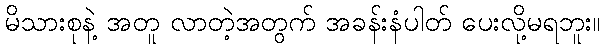
မိသားစုနဲ့ အတူ လာတဲ့အတွက် အခန်းနံပါတ် ပေးလို့မရဘူး။